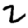
Digit: 2